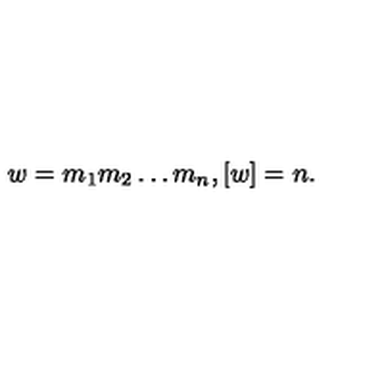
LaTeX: w = m _ { 1 } m _ { 2 } \ldots m _ { n } , [ w ] = n .